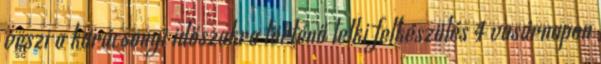
veszi a karácsonyi időszakra történő lelki felkészülés 4 vasárnapon